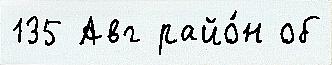
135 Авг райо́н об